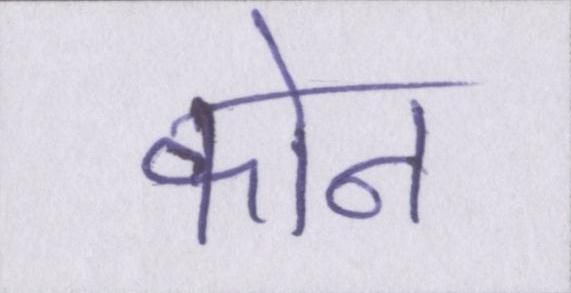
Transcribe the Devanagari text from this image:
कोन